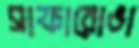
সাফারোভা